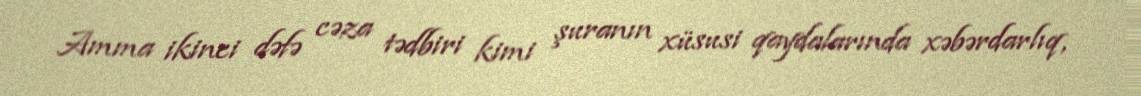
Amma ikinci dəfə cəza tədbiri kimi şuranın xüsusi qaydalarında xəbərdarlıq,